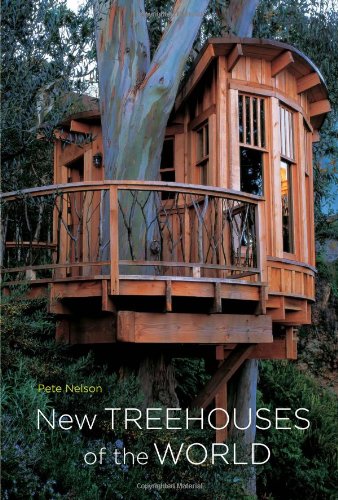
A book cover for New Treehouses of the World; Pete Nelson; Crafts, Hobbies & Home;